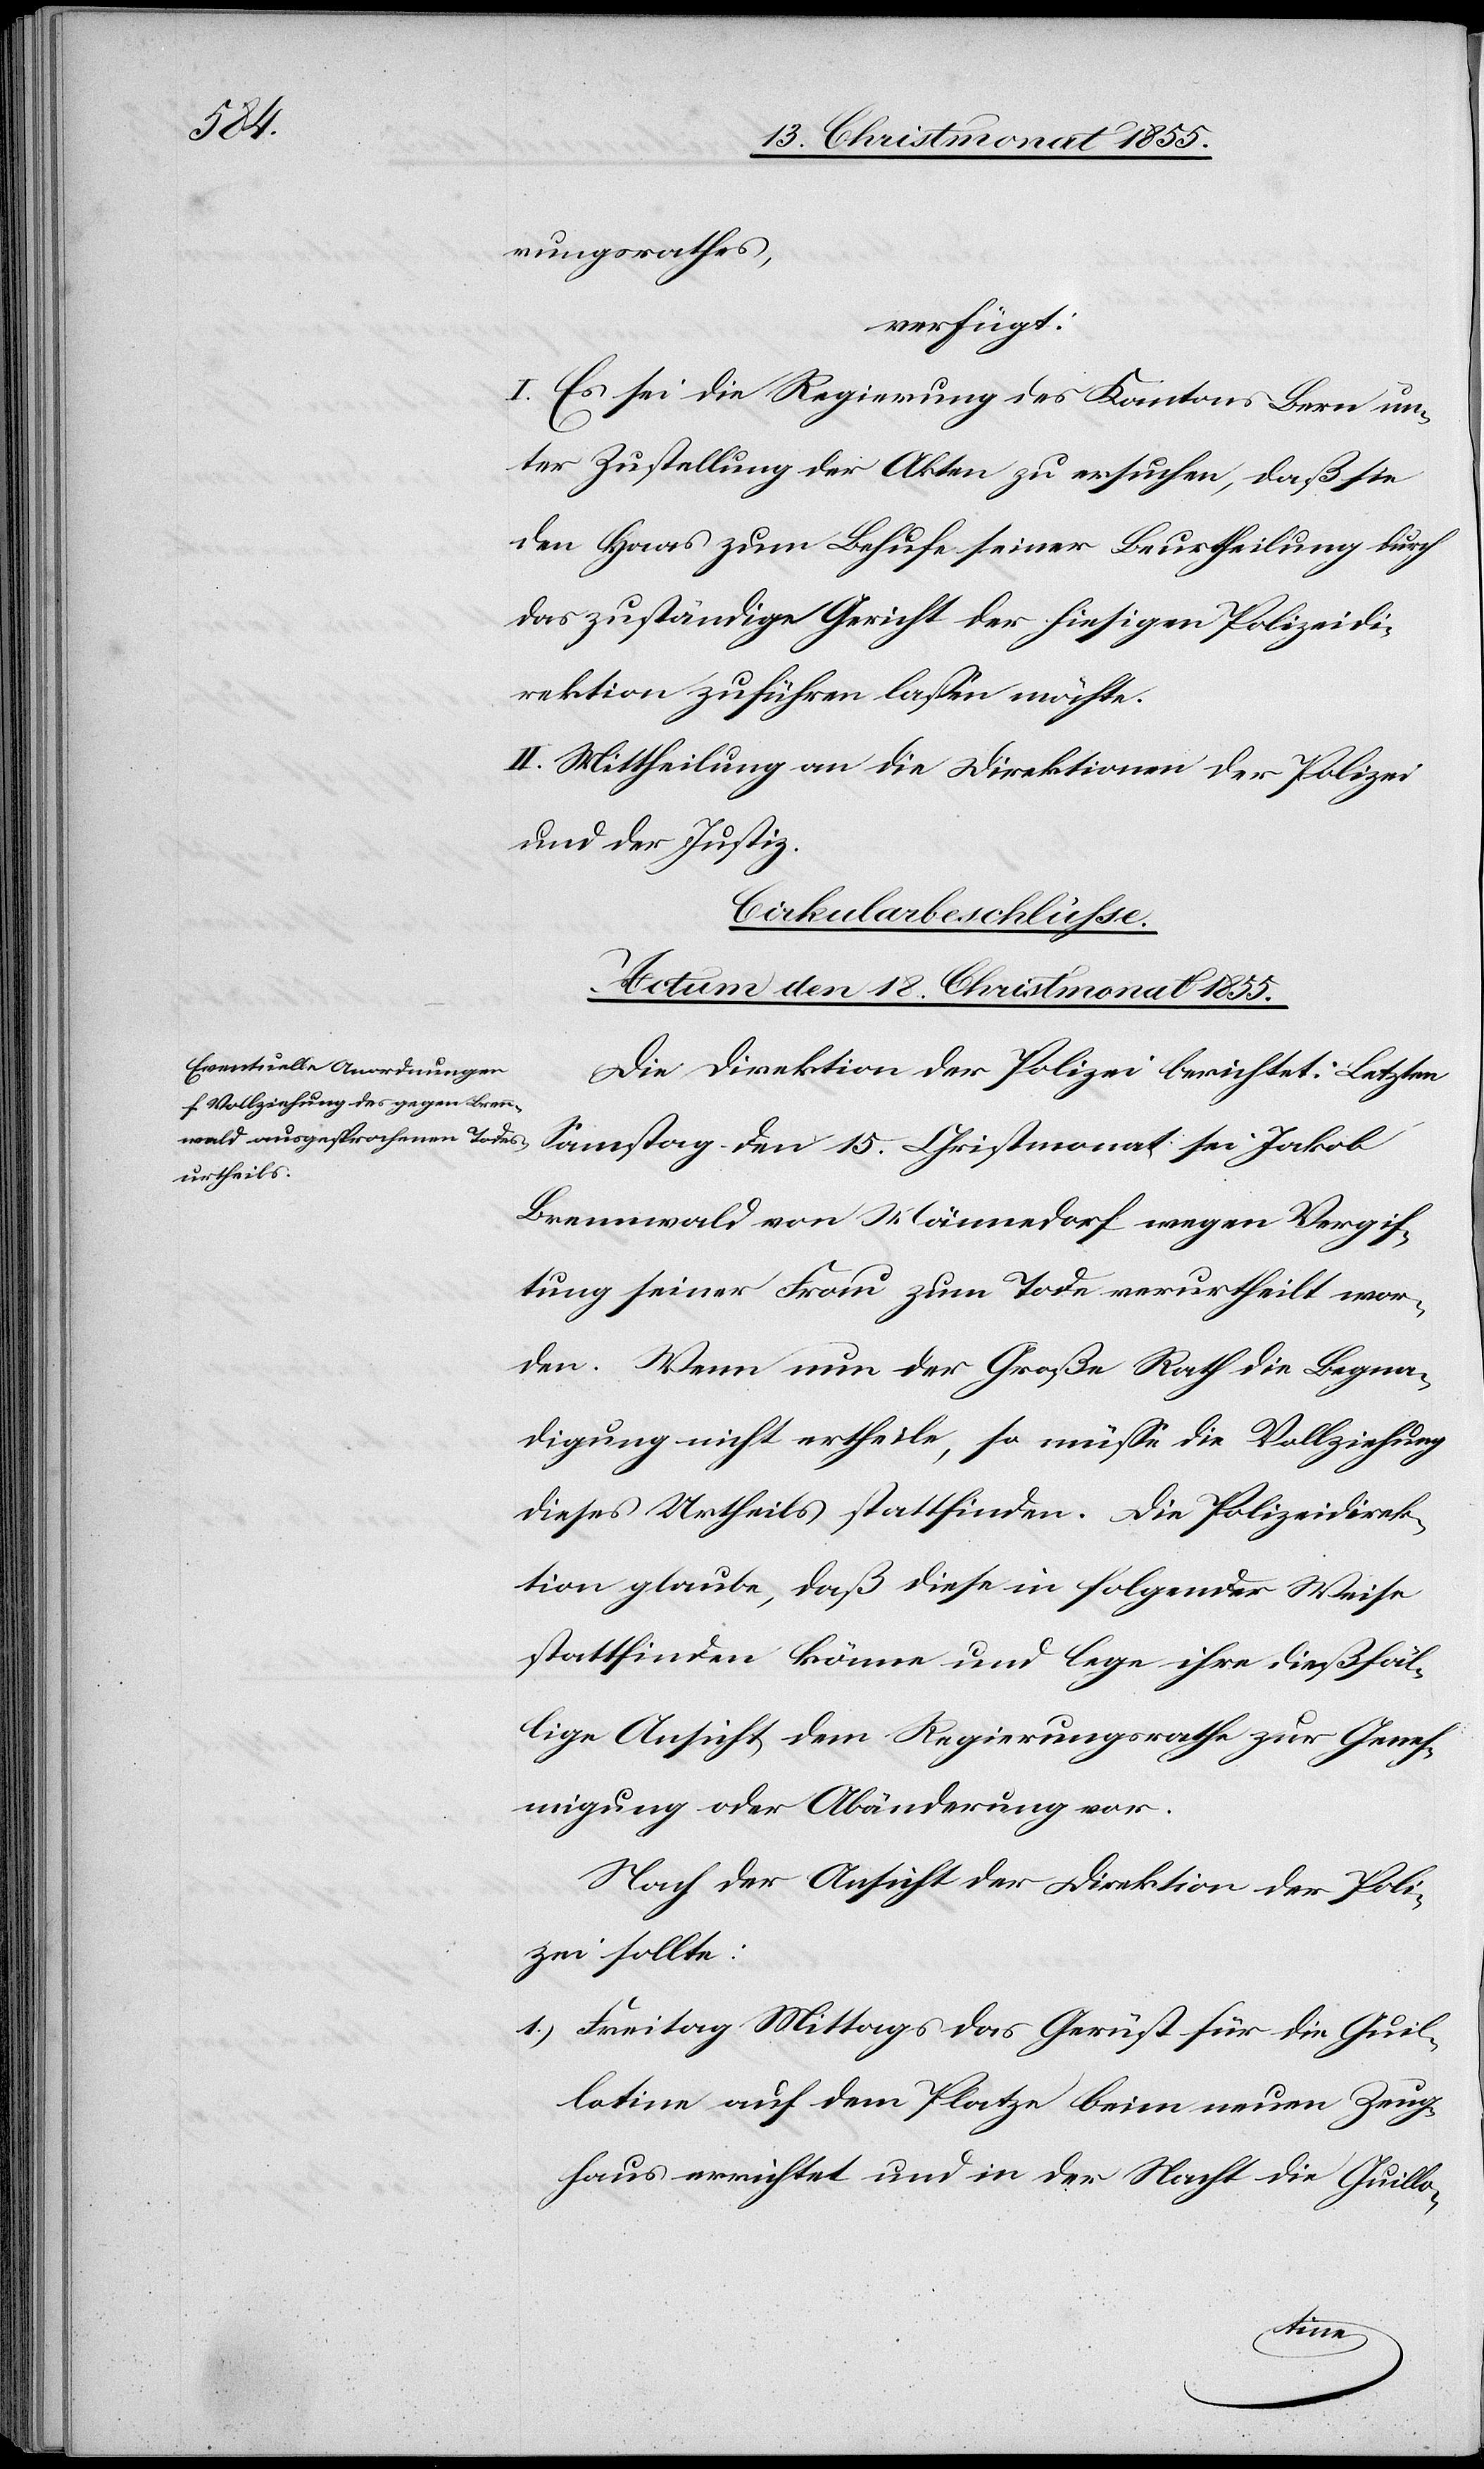
rungsrathes,
verfügt:
I. Es sei die Regierung des Kantons Bern un¬
ter Zustellung der Akten zu ersuchen, daß sie
den Haas zum Behufe seiner Beurtheilung durch
das zuständige Gericht der hiesigen Polizeidi¬
rektion zuführen lassen möchte.
II. Mittheilung an die Direktionen der Polizei
und der Justiz.
Cirkularbeschlüsse.
Actum den 18. Christmonat 1855.
Die Direktion der Polizei berichtet: Letzten
Samstag den 15. Christmonat sei Jakob
Brennwald von Männedorf wegen Vergif¬
tung seiner Frau zum Tode verurtheilt wor¬
den. Wenn nun der Große Rath die Begna¬
digung nicht ertheile, so müsse die Vollziehung
dieses Urtheils stattfinden. Die Polizeidirek¬
tion glaube, daß diese in folgender Weise
stattfinden könne und lege ihre dießfäl¬
lige Ansicht dem Regierungsrathe zur Geneh¬
migung oder Abänderung vor.
Nach Ansicht der Direktion der Poli¬
zei sollte:
Freitag Mittags das Gerüst für die Guil¬
lotine auf dem Platze beim neuen Zeug¬
haus errichtet und in der Nacht die Guillo-